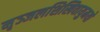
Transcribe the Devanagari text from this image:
मृञ्जलशिखिवायुमयो